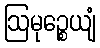
ဩမုဉ္စေယျံ